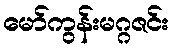
မော်ကွန်းမဂ္ဂဇင်း